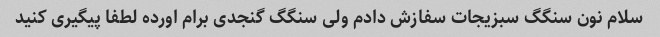
سلام نون سنگگ سبزیجات سفازش دادم ولی سنگگ گنجدی برام اورده لطفا پیگیری کنید